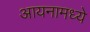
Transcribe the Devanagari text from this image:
आयनामध्ये